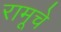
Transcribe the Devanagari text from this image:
रामूचे